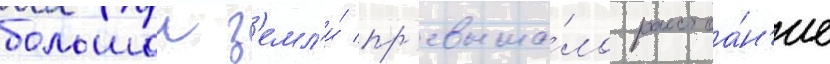
большои з'емл'и́ пр'евыша́ло расстоа́н'ие